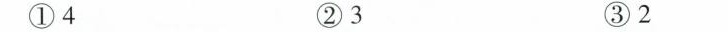
①4 ②3 ③2